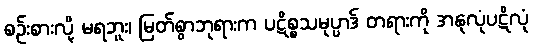
စဉ်းစားလို့ မရဘူး၊ မြတ်စွာဘုရားက ပဋိစ္စသမုပ္ပာဒ် တရားကို အနုလုံပဋိလုံ